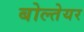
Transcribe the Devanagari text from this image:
बोल्तेयर